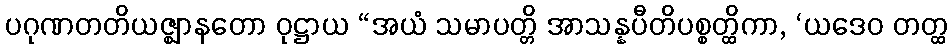
ပဂုဏတတိယဇ္ဈာနတော ဝုဋ္ဌာယ “အယံ သမာပတ္တိ အာသန္နပီတိပစ္စတ္ထိကာ, ‘ယဒေဝ တတ္ထ